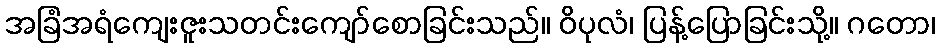
အခြံအရံကျေးဇူးသတင်းကျော်စောခြင်းသည်။ ဝိပုလံ၊ ပြန့်ပြောခြင်းသို့။ ဂတော၊